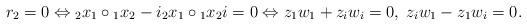
LaTeX: \begin{align*}\begin{aligned}&r_2=0 \Leftrightarrow {}_2 x_1 \circ {}_1 x_2 - i {}_2 x_1 \circ {}_1 x_2 i =0 \Leftrightarrow z_1w_1+ z_i w_i=0, \; z_i w_1- z_1 w_i=0.\end{aligned}\end{align*}